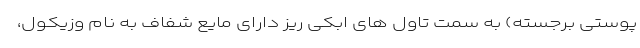
پوستی برجسته) به سمت تاول های ابکی ریز دارای مایع شفاف به نام وزیکول،